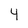
Character: 4